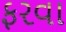
ફરવા